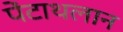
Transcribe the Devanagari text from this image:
पेंटाथलान